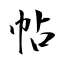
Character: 帖